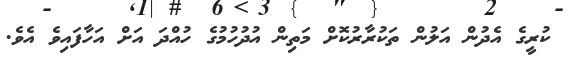
ކުރީގެ އެދުން އަލުން ތަކުރާރުކޮށް މަތިން އުދުހުމުގެ ހުއްދަ އަށް އަހާފައިވެ އެވެ.